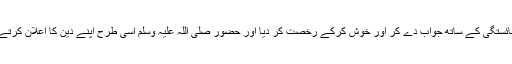
ابوطالب نے لوگوں کو نہایت شائستگی کے ساتھ جواب دے کر اور خوش کرکے رخصت کر دیا اور حضور صلی اللہ علیہ وسلم اُسی طرح اپنے دین کا اعلان کرتے رہے، باوجود کہنے کے بھی۔